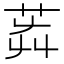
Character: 𦭺